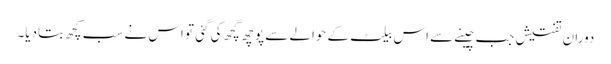
دوران تفتیش جب چینے سے اس بیلٹ کے حوالے سے پوچھ گچھ کی گئی تو اس نے سب کچھ بتادیا۔